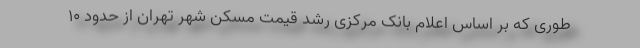
طوری که بر اساس اعلام بانک مرکزی رشد قیمت مسکن شهر تهران از حدود ۱۰